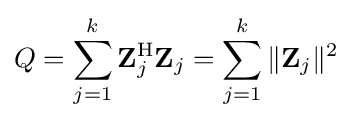
Q=\sum _{j=1}^{k}\mathbf {Z} _{j}^{\mathrm {H} }\mathbf {Z} _{j}=\sum _{j=1}^{k}\|\mathbf {Z} _{j}\|^{2}